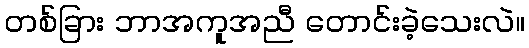
တစ်ခြား ဘာအကူအညီ တောင်းခဲ့သေးလဲ။